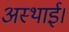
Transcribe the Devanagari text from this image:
अस्थाई।